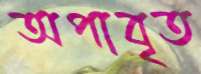
অপাবৃত